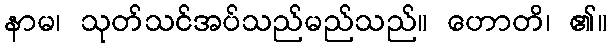
နာမ၊ သုတ်သင်အပ်သည်မည်သည်။ ဟောတိ၊ ၏။